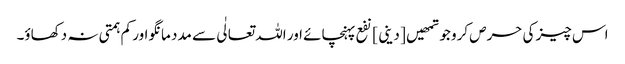
اس چیز کی حرص کرو جو تمھیں [ دینی ] نفع پہنچائے اور اللہ تعالٰی سے مدد مانگو اور کم ہمتی نہ دکھاؤ۔